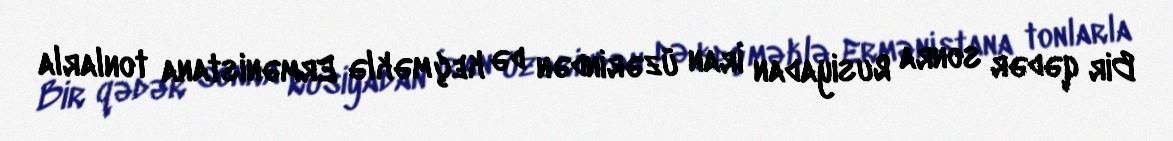
Bir qədər sonra Rusiyadan İran üzərindən də keçməklə Ermənistana tonlarla